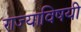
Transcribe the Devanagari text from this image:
राज्याविषयी